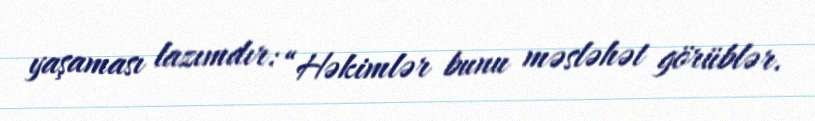
yaşaması lazımdır: “Həkimlər bunu məsləhət görüblər.